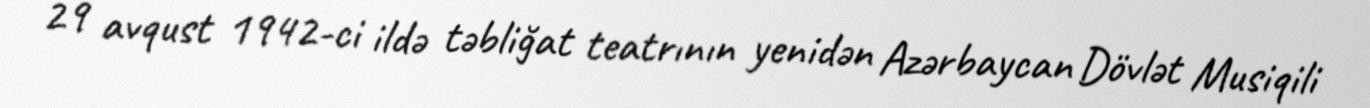
29 avqust 1942-ci ildə təbliğat teatrının yenidən Azərbaycan Dövlət Musiqili